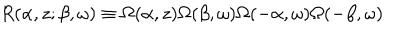
R ( \alpha , z ; \beta , \omega ) \equiv \Omega ( \alpha , z ) \Omega ( \beta , \omega ) \Omega ( - \alpha , \omega ) \Omega ( - \beta , \omega )